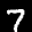
Label: 7